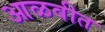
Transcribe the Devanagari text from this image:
आळवीत